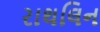
રાથલિન